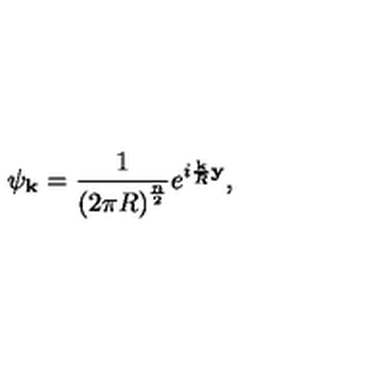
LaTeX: \psi _ { \mathrm { \bf \tiny k } } = \frac { 1 } { \left( 2 \pi R \right) ^ { \frac { n } { 2 } } } e ^ { i \frac { \mathrm { \bf \tiny k } } { R } \mathrm { \bf y } } ,